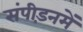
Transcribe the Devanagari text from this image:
संपीड़नमें